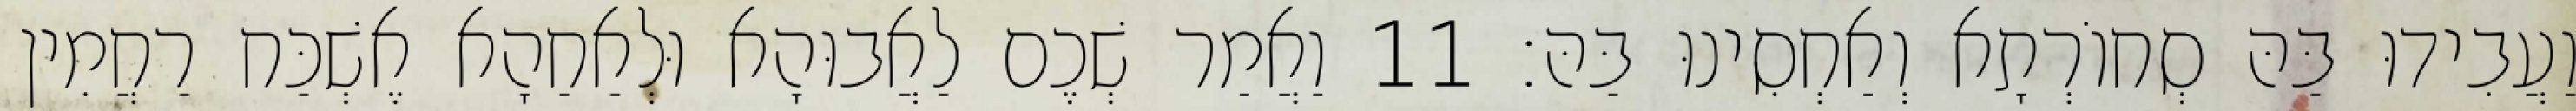
וַעֲבִידוּ בַּהּ סְחוֹרְתָא וְאַחְסִינוּ בַּהּ׃ 11 וַאֲמַר שְׁכֶם לַאֲבוּהָא וּלְאַחַהָא אֶשְׁכַּח רַחֲמִין